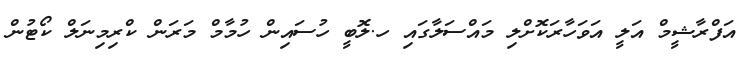
އަފްރާޝީމް އަލީ އަވަހާރަކޮށްލި މައްސަލާގައި ހ.ލޮބީ ހުސައިން ހުމާމް މަރަން ކްރިމިނަލް ކޯޓުން